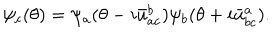
\psi _ { c } ( \theta ) = \psi _ { a } ( \theta - i \bar { u } _ { a c } ^ { b } ) \psi _ { b } ( \theta + i \bar { u } _ { b c } ^ { a } ) .